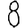
Digit: 8